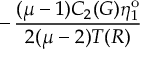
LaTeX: - \, \frac { ( \mu - 1 ) C _ { 2 } ( G ) \eta _ { 1 } ^ { \mathrm { o } } } { 2 ( \mu - 2 ) T ( R ) }